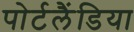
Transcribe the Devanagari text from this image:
पोर्टलैंडिया